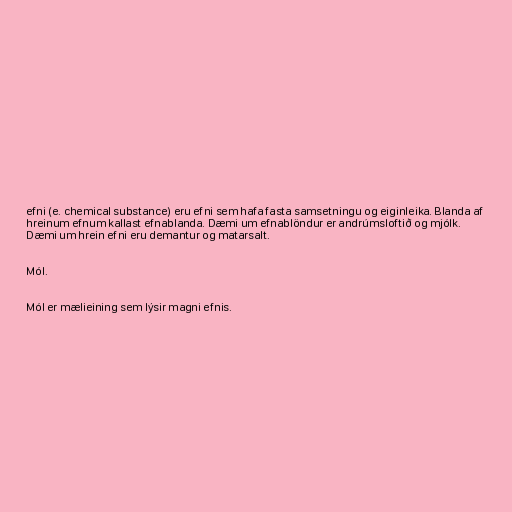
efni (e. chemical substance) eru efni sem hafa fasta samsetningu og eiginleika. Blanda af
hreinum efnum kallast efnablanda. Dæmi um efnablöndur er andrúmsloftið og mjólk.
Dæmi um hrein efni eru demantur og matarsalt.

Mól.

Mól er mælieining sem lýsir magni efnis.